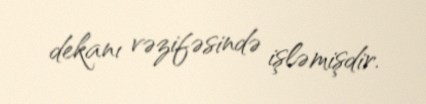
dekanı vəzifəsində işləmişdir.